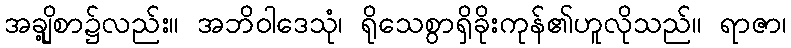
အချို့စာ၌လည်း။ အဘိဝါဒေသုံ၊ ရိုသေစွာရှိခိုးကုန်၏ဟူလိုသည်။ ရာဇာ၊